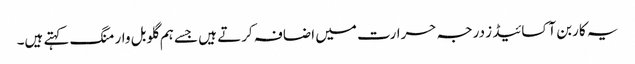
یہ کاربن آکسائیڈ ز درجہ حرارت میں اضافہ کرتے ہیں جسے ہم گلوبل وارمنگ کہتے ہیں۔